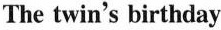
The twin's birthday